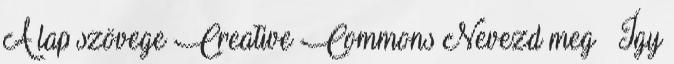
A lap szövege Creative Commons Nevezd meg – Így